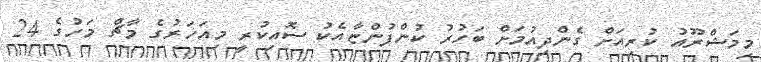
މިމަޝްރޫއު ކުރިއަށް ގެންދިއުމަށް ބަހުރު ކުންފުންޏާއެކު ސޮއިކުރީ މިއަހަރުގެ މާޗް މަހުގެ 24